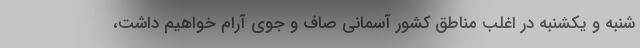
شنبه و یکشنبه در اغلب مناطق کشور آسمانی صاف و جوی آرام خواهیم داشت،